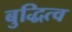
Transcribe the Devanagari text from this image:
बुद्धित्व